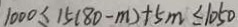
1 0 0 0 \leq 1 5 ( 8 0 - m ) + 5 m \leq 1 0 5 0